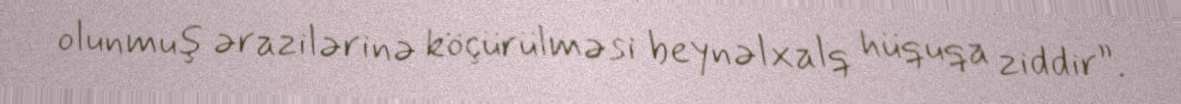
olunmuş ərazilərinə köçürülməsi beynəlxalq hüquqa ziddir”.